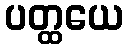
ပတ္ထယေ